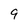
Character: 9